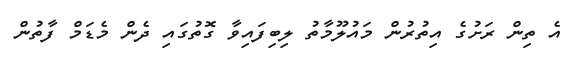
އެ ތިން ރަށުގެ އިތުރުން މައުލޫމާތު ލިބިފައިވާ ގޮތުގައި ދެން މެޑަމް ފާތުން